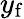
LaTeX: y_{\mathrm{f}}